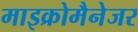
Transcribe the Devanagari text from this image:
माइक्रोमैनेजर